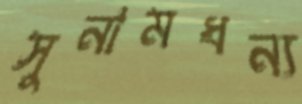
সুনামধন্য